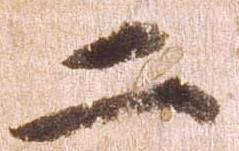
二